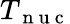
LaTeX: T_{\mathrm{~n~u~c~}}